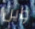
واين